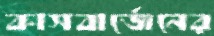
কাসবার্জেনের